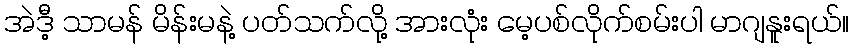
အဲဒီ့ သာမန် မိန်းမနဲ့ ပတ်သက်လို့ အားလုံး မေ့ပစ်လိုက်စမ်းပါ မာဂျနူးရယ်။